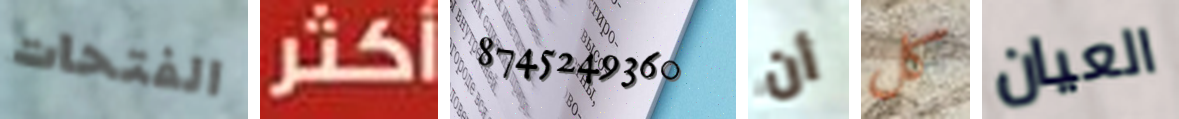
الفتحات أكثر 8745249360 أن كل العيان